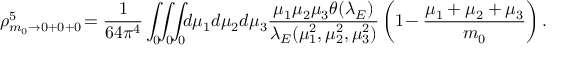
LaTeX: \rho _ { m _ { 0 } \rightarrow 0 + 0 + 0 } ^ { 5 } \! = \frac { 1 } { 6 4 \pi ^ { 4 } } \int _ { 0 } \! \! \int _ { 0 } \! \! \int _ { 0 } \! \! d \mu _ { 1 } d \mu _ { 2 } d \mu _ { 3 } \frac { \mu _ { 1 } \mu _ { 2 } \mu _ { 3 } \theta ( \lambda _ { E } ) } { \lambda _ { E } ( \mu _ { 1 } ^ { 2 } , \mu _ { 2 } ^ { 2 } , \mu _ { 3 } ^ { 2 } ) } \left( 1 \! - \frac { \mu _ { 1 } + \mu _ { 2 } + \mu _ { 3 } } { m _ { 0 } } \right) .